Annual report on the Civil Veterinary Department, Burma (including the Insein Veterinary School) - 1923-1931
Year: 1923
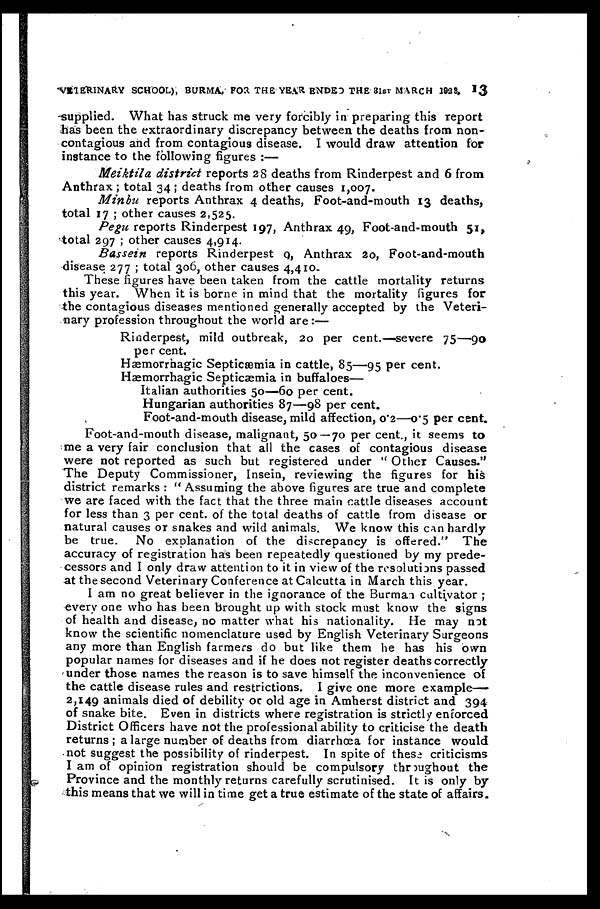
"VETERINARY SCHOOL), BURMA, FOR THE YEAR ENDEO THE 31ST MARCH 1939,
13
supplied. What has struck me very forcibly in preparing this report
has been the extraordinary discrepancy between the deaths from non-
contagious and from contagious disease. I would draw attention for
instance to the following figures :—
Meiktila district reports 28 deaths from Rinderpest and 6 from
Anthrax ; total 34 ; deaths from other causes 1,007.
Minbu reports Anthrax 4 deaths, Foot-and-mouth 13 deaths,
total 17 ; other causes 2,525.
Pegu reports Rinderpest 197, Anthrax 49, Foot-and-mouth 51,
total 297 ; other causes 4,914.
Bassein reports Rinderpest 9, Anthrax 20, Foot-and-mouth
disease 277 ; total 306, other causes 4,410.
These figures have been taken from the cattle mortality returns
this year. When it is borne in mind that the mortality figures for
the contagious diseases mentioned generally accepted by the Veteri-
nary profession throughout the world are:—
Rinderpest, mild outbreak, 20 per cent.—severe 75—90
per cent.
Hæmorrhagic Septicæmia in cattle, 85—95 per cent.
Hæmorrhagic Septicæmia in buffaloes—
Italian authorities 50—60 per cent.
Hungarian authorities 87—98 per cent.
Foot-and-mouth disease, mild affection, 0.2—0.5 per cent.
Foot-and-mouth disease, malignant, 50—70 per cent., it seems to
me a very fair conclusion that all the cases of contagious disease
were not reported as such but registered under " Other Causes."
The Deputy Commissioner, Insein, reviewing the figures for his
district remarks : " Assuming the above figures are true and complete
we are faced with the fact that the three main cattle diseases account
for less than 3 per cent. of the total deaths of cattle from disease or
natural causes or snakes and wild animals. We know this can hardly
be true. No explanation of the discrepancy is offered." The
accuracy of registration has been repeatedly questioned by my prede-
cessors and I only draw attention to it in view of the rosolutions passed
at the second Veterinary Conference at Calcutta in March this year.
I am no great believer in the ignorance of the Burman cultivator ;
every one who has been brought up with stock must know the signs
of health and disease, no matter what his nationality. He may not
know the scientific nomenclature used by English Veterinary Surgeons
any more than English farmers do but like them he has his own
popular names for diseases and if he does not register deaths correctly
under those names the reason is to save himself the inconvenience of
the cattle disease rules and restrictions. I give one more example—
2,149 animals died of debility or old age in Amherst district and 394
of snake bite. Even in districts where registration is strictly enforced
District Officers have not the professional ability to criticise the death
returns ; a large number of deaths from diarrhoea for instance would
not suggest the possibility of rinderpest. In spite of these criticisms
I am of opinion registration should be compulsory throughout the
Province and the monthly returns carefully scrutinised. It is only by
this means that we will in time get a true estimate of the state of affairs.